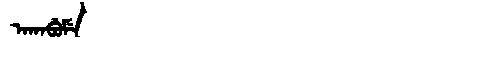
Manchu: ᠠᡴᠠᠪᡠᠮᡝ
Romanization: AKABUME